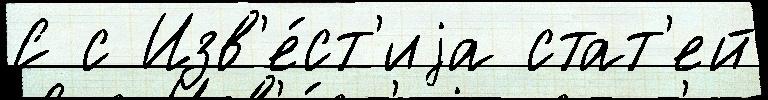
С с Изв'е́ст'иjа стат'ей